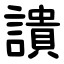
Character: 䜋